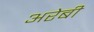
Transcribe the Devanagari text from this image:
अरेबी